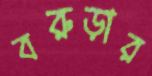
বরুড়ার